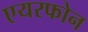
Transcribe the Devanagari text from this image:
एयरफोन